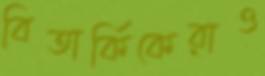
বিতার্কিকেরাও